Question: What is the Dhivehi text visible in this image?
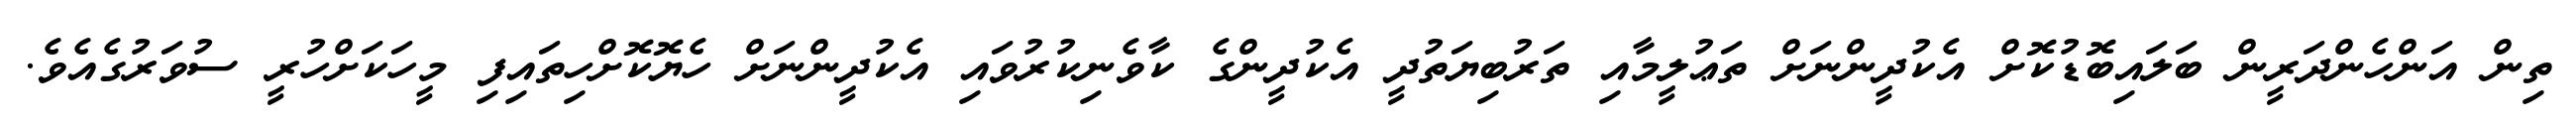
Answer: ތިން އަންހެންދަރީން ބަލައިބޮޑުކޮށް އެކުދީންނަށް ތަޢުލީމާއި ތަރުބިޔަތުދީ އެކުދީންގެ ކާވެނިކުރުވައި އެކުދީންނަށް ހެޔޮކޮށްހިތައިފި މީހަކަށްހުރީ ސުވަރުގެއެވެ.